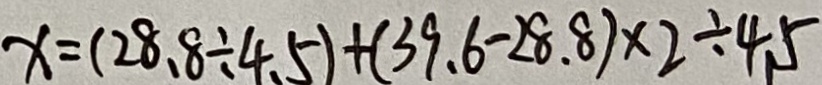
x = ( 2 8 . 8 \div 4 . 5 ) + ( 3 9 . 6 - 2 8 . 8 ) \times 2 \div 4 5